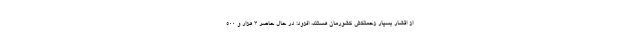
از اقشار بسیار زحمتکش کشورمان هستند، افزود: در حال حاضر ۳ هزار و ۵۰۰